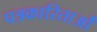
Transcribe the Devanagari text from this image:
पत्रकारिताओं